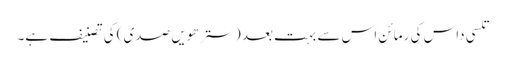
تلسی داس کی رمائن اس سے بہت بعد (سترھویں صدی) کی تصنیف ہے۔